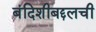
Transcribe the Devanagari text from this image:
बंदिशीबद्दलची